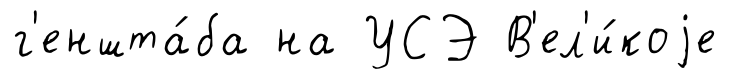
г'еншта́ба на УСЭ В'ел'и́коjе